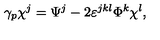
\gamma _ { p } \chi ^ { j } = \Psi ^ { j } - 2 \varepsilon ^ { j k l } \Phi ^ { k } \chi ^ { l } ,